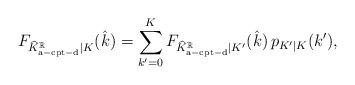
LaTeX: \begin{align*}F_{\widehat{K}_\mathrm{a-cpt-d}^\mathbb{R}|K}(\hat{k})&=\sum_{k'=0}^{K}F_{\widehat{K}_\mathrm{a-cpt-d}^\mathbb{R}|K'}(\hat{k})\ \!p_{K'|K}(k'),\end{align*}